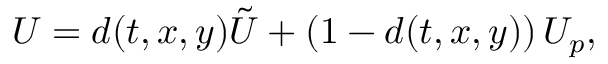
U = d ( t , x , y ) \tilde { U } + \left( 1 - d ( t , x , y ) \right) U _ { p } ,